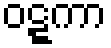
ဝဋ္ဋကာ